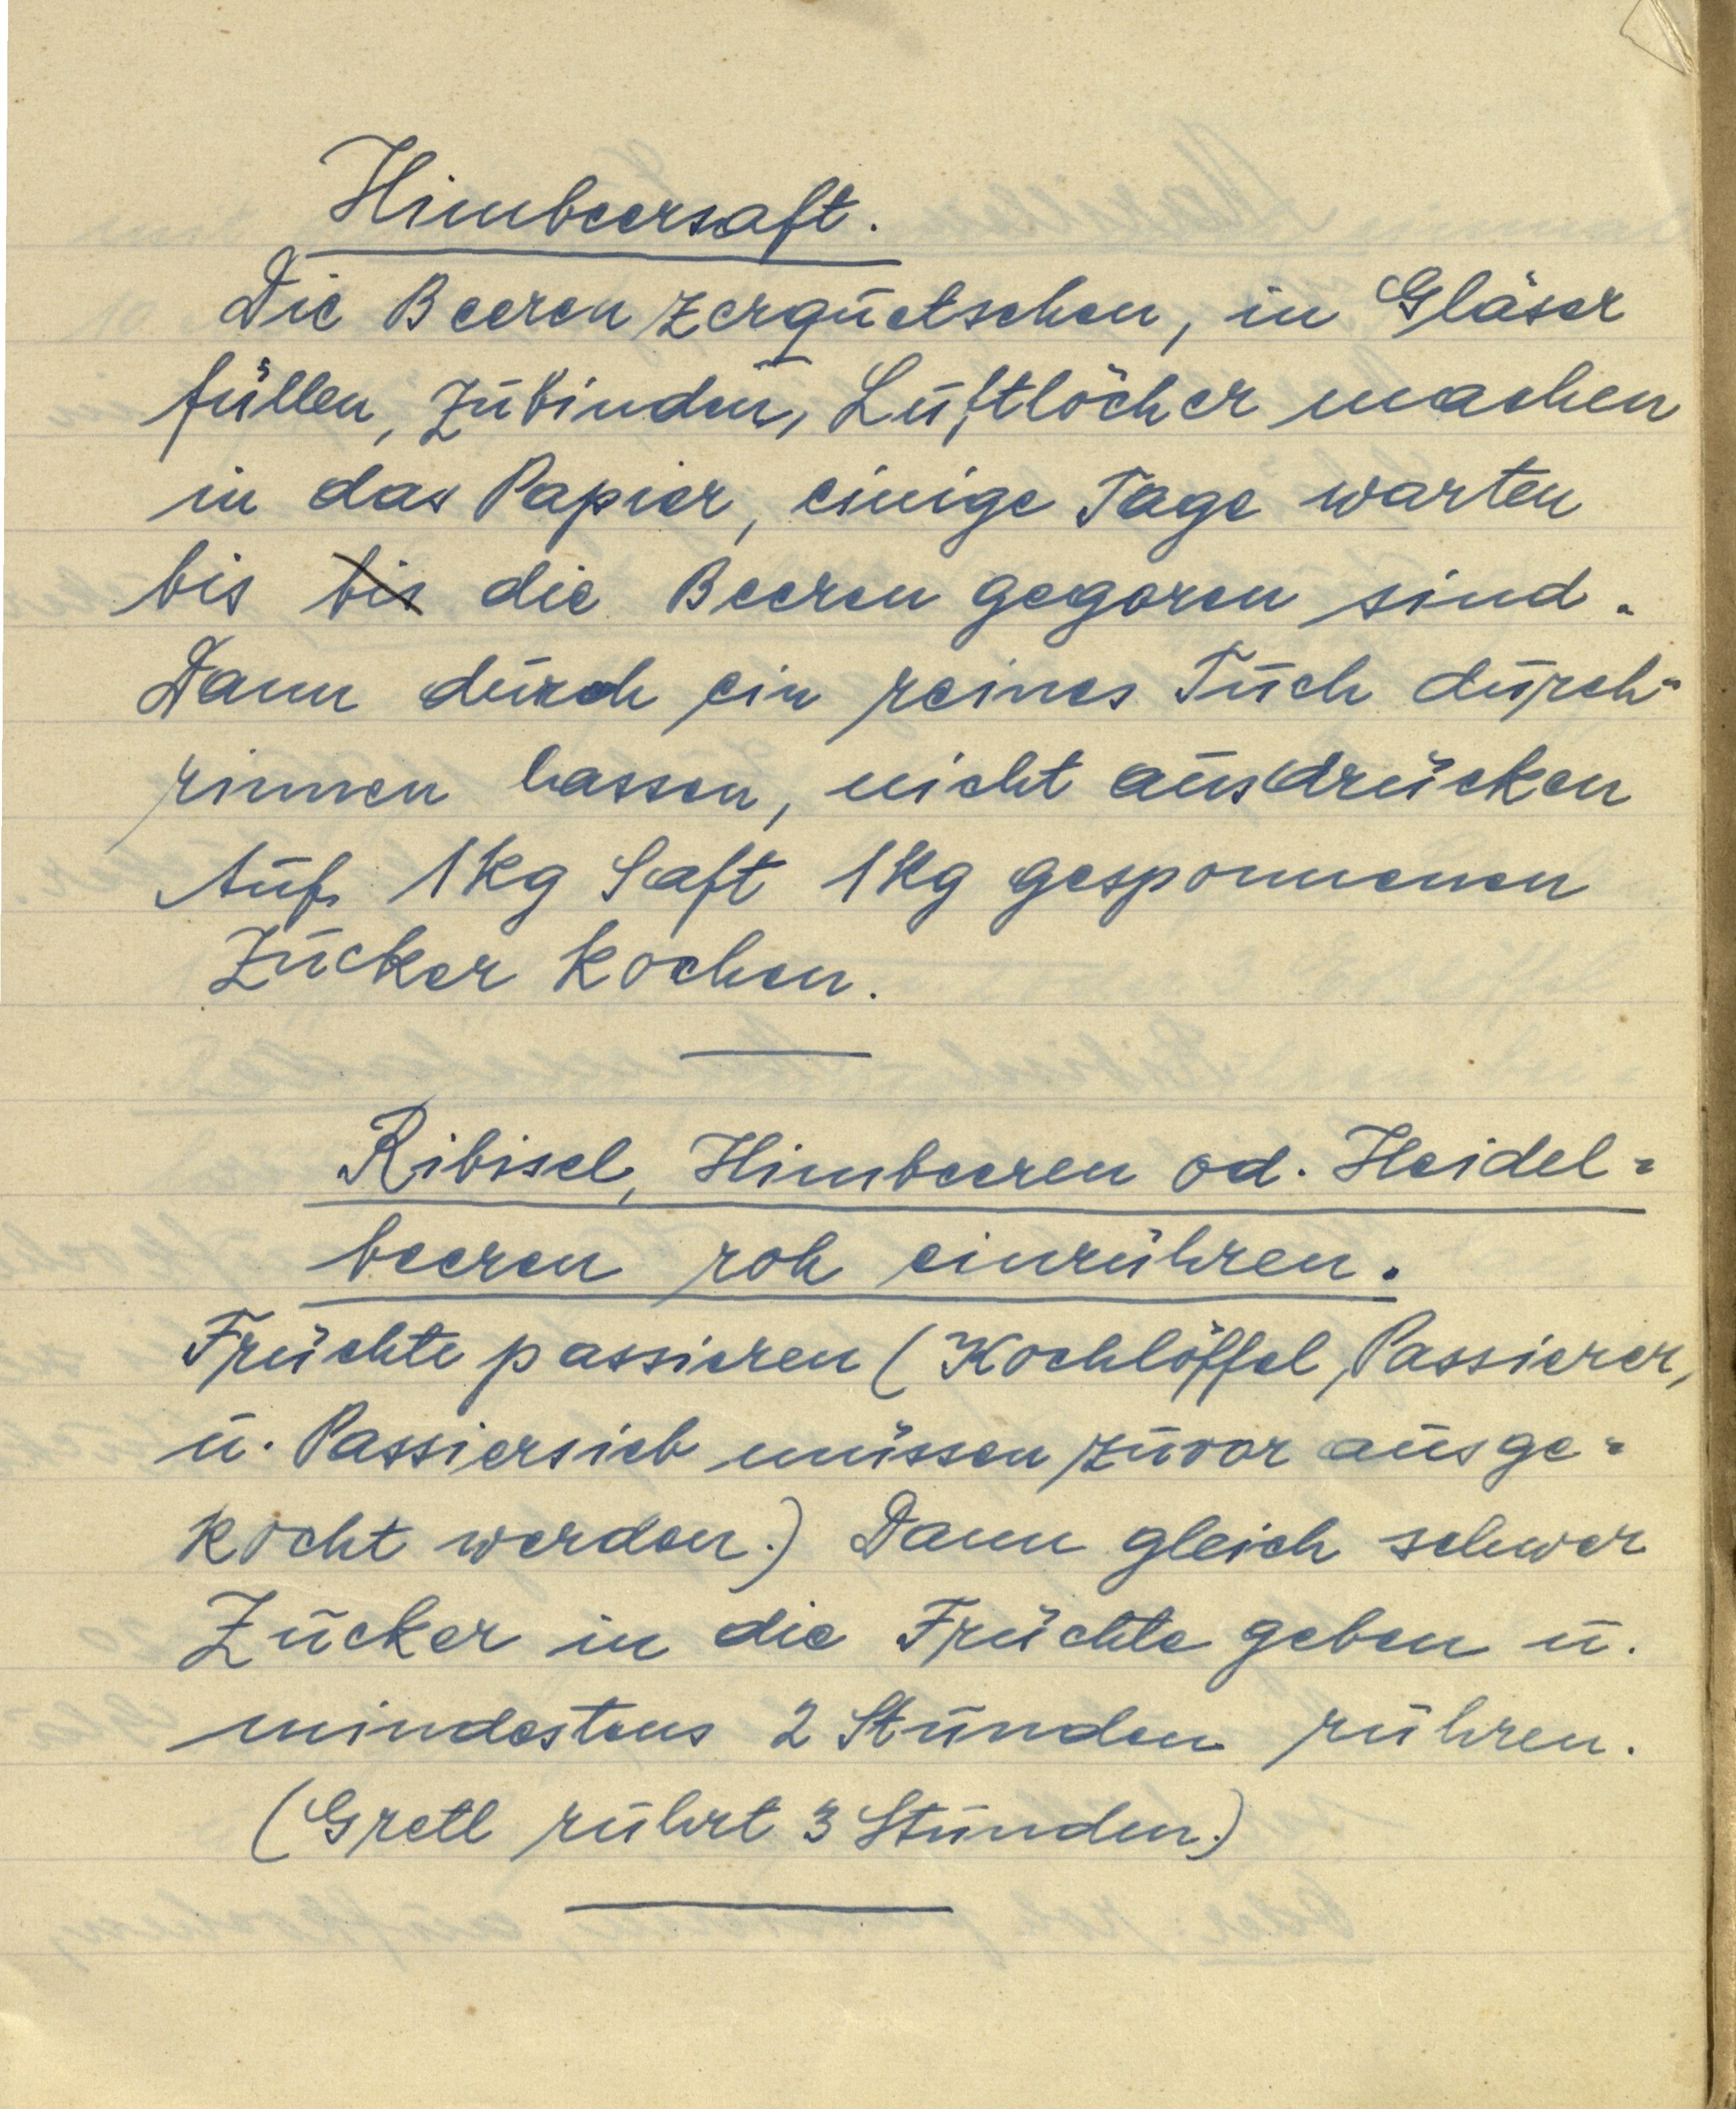
Himbeersaft.
Die Beeren zerquetschen, in Gläser
füllen, zubinden, Luftlöcher machen
in das Papier, einige Tage warten
bis bis die Beeren gegoren sind.
Dann durch ein reines Tuch durch¬
rinnen lassen, nicht ausdrücken
Auf 1 kg Saft 1 kg gesponnenen
Zucker kochen.

Ribisel, Himbeeren od. Heidel¬
beeren roh einrühren.
Früchte passieren (Kochlöffel, Passierer,
u. Passiersieb müssen zuvor ausge¬
kocht werden.) Dann gleich schwer
Zucker in die Früchte geben u.
mindestens 2 Stunden rühren.
(Gretl rührt 3 Stunden.)